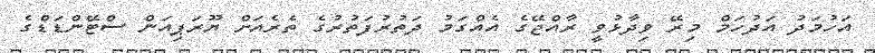
އަހުމަދު އަދުހަމް މިރޭ ވިދާޅުވީ ރާއްޖޭގެ އެއްގަމު ދަތުރުފަތުރުގެ ތެރެއަށް ޔޫރަޕިއަން ސްޓޭންޑަޑްގެ